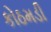
કોઠમડી